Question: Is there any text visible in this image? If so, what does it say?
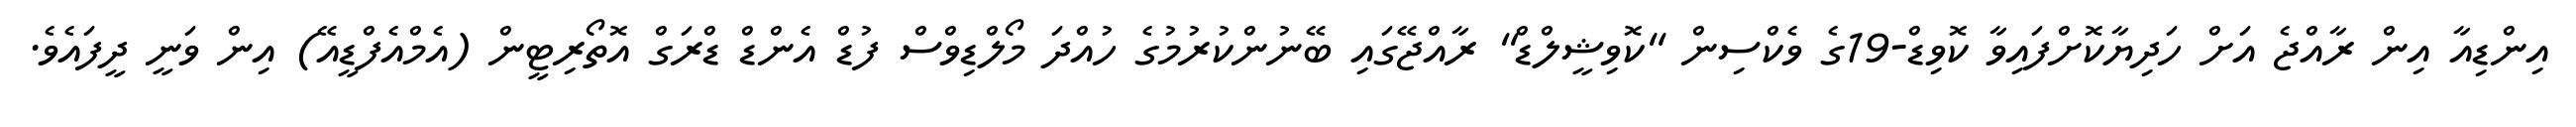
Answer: އިންޑިއާ އިން ރާއްޖެ އަށް ހަދިޔާކޮށްފައިވާ ކޮވިޑް-19ގެ ވެކްސިން "ކޮވިޝީލްޑް" ރާއްޖޭގައި ބޭނުންކުރުމުގެ ހުއްދަ މޯލްޑިވްސް ފުޑް އެންޑް ޑްރަގް އޮތޯރިޓީން (އެމްއެފްޑީއޭ) އިން ވަނީ ދީފައެވެ.